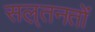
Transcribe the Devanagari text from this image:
सल़्तनतों